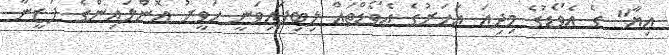
އިޔާ" ގެ އެވޯޑުގެ މިދިއަ އަހަރުގެ އެވޯޑްތައް ލިބިފައިވަނީ ހަވީރު އޮންލައިންގެ ފަޒީނާ